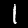
Label: 1